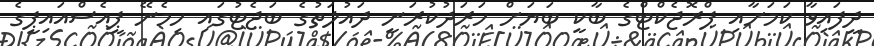
ދީފައިވާ ކަމަށާއި ޕްރޮޖެކްޓްގެ ބާކީ ބަޔަށް ހަރަދުކުރަނީ ދައުލަތުގެ ބަޖެޓުގައި ހިމެނޭ ޕީއެސްއައިޕީގެ